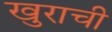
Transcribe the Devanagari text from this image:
खुराची